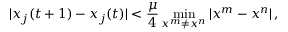
| x _ { j } ( t + 1 ) - x _ { j } ( t ) | < \frac { \mu } { 4 } \operatorname* { m i n } _ { x ^ { m } \neq x ^ { n } } | x ^ { m } - x ^ { n } | \, ,